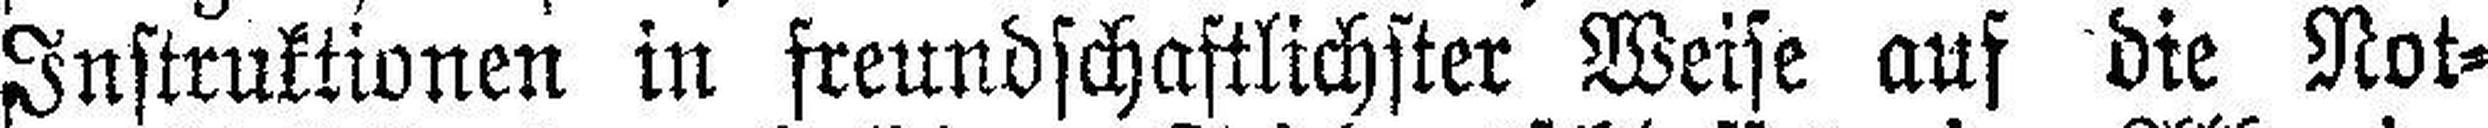
Instruktionen in steundschaftlichster Weise auf die Not¬